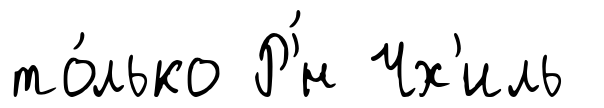
то́лько Р'́н Чх'иль